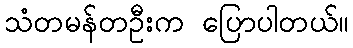
သံတမန်တဦးက ပြောပါတယ်။